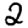
Digit: 2